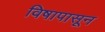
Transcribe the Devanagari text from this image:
विषापासून